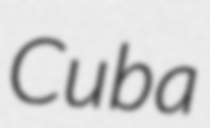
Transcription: Cuba